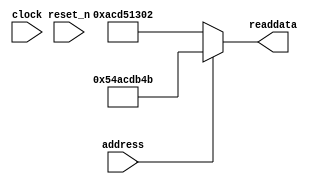
module soc_system_sysid_qsys_11 (
                address,
                clock,
                reset_n,
                readdata
             )
;
  output  [ 31: 0] readdata;
  input            address;
  input            clock;
  input            reset_n;
  wire    [ 31: 0] readdata;
  assign readdata = address ? 1420614475 : 2899645186;
endmodule